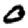
Digit: 0